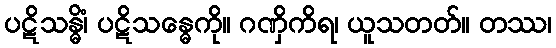
ပဋိသန္ဓိံ၊ ပဋိသန္ဓေကို။ ဂဏှိကိရ၊ ယူသတတ်။ တဿ၊